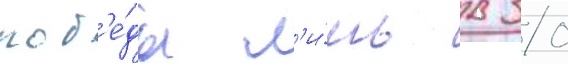
поб'е́ды л'и́шь в 30